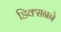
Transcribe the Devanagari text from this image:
डिक्सनने